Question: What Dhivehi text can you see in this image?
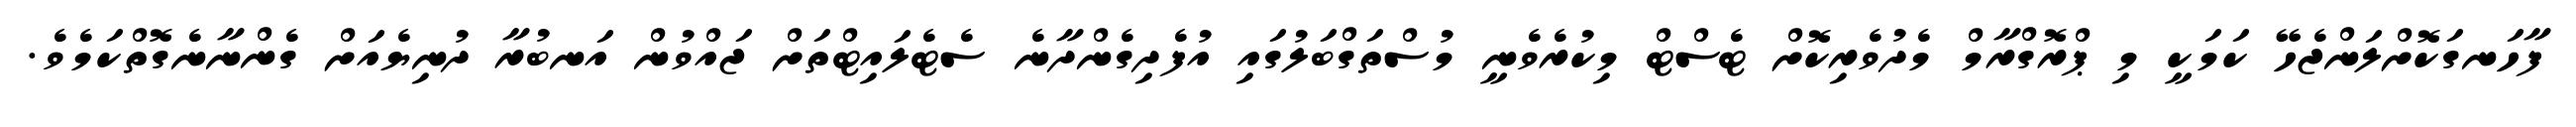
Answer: ފާހަނގަކޮށްލަންޖެހޭ ކަމަކީ މި ޕްރޮގްރާމް މެދުވެރިކޮށް ޓެސްޓް މިކުރެވެނީ މުސްތަގްބަލުގައި އުފެދިގެންދާނެ ސެޓެލައިޓްތަށް ޖައްވުން އަނބުރާ ދުނިޔެއަށް ގެންނާނެގޮތްކަމެވެ.